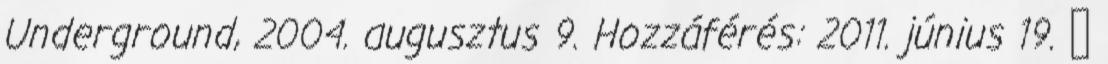
Underground, 2004. augusztus 9. Hozzáférés: 2011. június 19. ↑